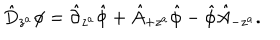
\hat { D } _ { z ^ { a } } \phi = \hat { \partial } _ { z ^ { a } } \hat { \phi } + \hat { A } _ { + z ^ { a } } \hat { \phi } - \hat { \phi } \hat { A } _ { - z ^ { a } } .